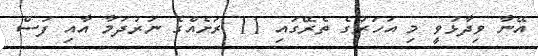
އޭނާ ވިދާޅުވީ މި އަހަރުގެ ތެރޭގައި 11 ރަށެއްގެ ނަރުދަމާ އާއި ފަސް